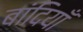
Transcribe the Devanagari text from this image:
बांदियाँ